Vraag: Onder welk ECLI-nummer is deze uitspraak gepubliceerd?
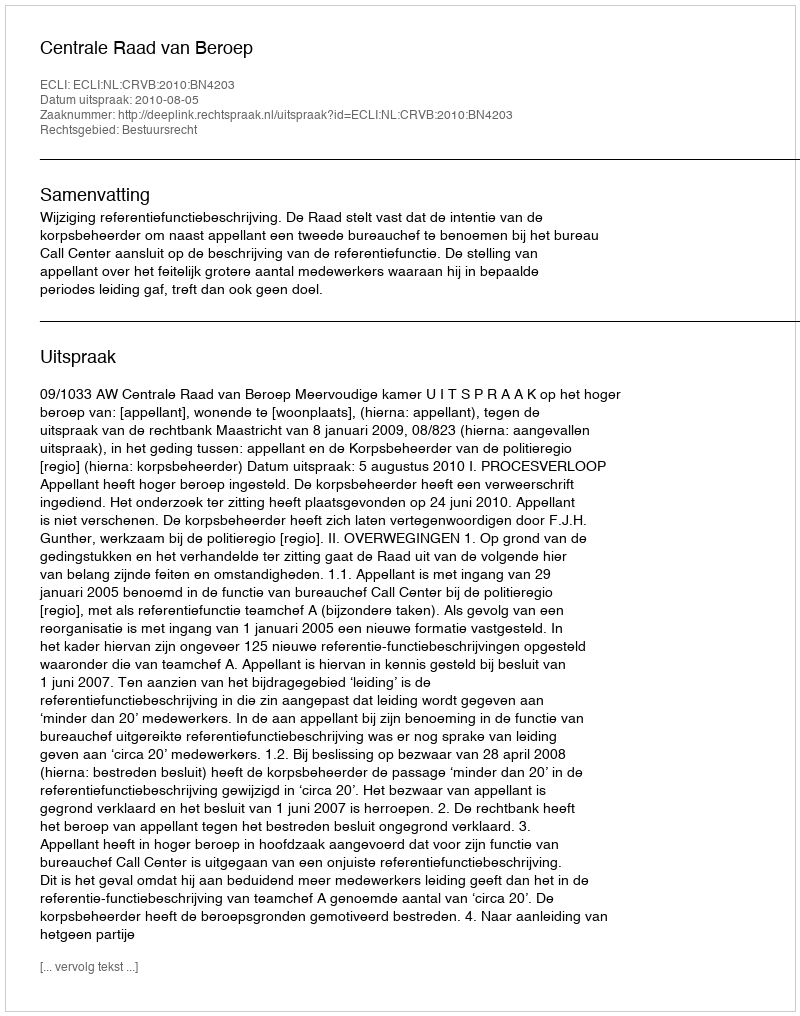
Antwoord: ECLI:NL:CRVB:2010:BN4203